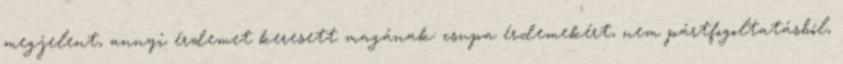
megjelent, annyi érdemet keresett magának: csupa érdemekért, nem pártfogoltatásból,